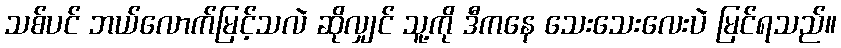
သစ်ပင် ဘယ်လောက်မြင့်သလဲ ဆိုလျှင် သူ့ကို ဒီကနေ သေးသေးလေးပဲ မြင်ရသည်။